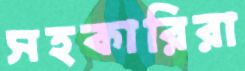
সহকারিরা